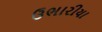
ઉભારીયા